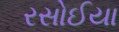
રસોઈયા